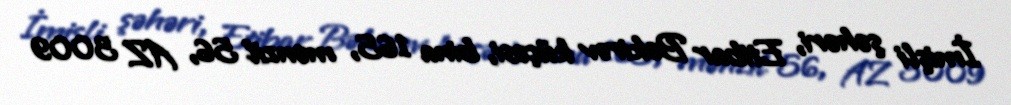
İmişli şəhəri, Etibar Bəkirov küçəsi, bina 165, mənzil 56, AZ 3009